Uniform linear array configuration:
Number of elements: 12
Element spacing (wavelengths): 0.5
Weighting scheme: kaiser
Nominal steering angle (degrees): -45
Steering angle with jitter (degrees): -45.02
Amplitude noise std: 0.05
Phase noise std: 0.05

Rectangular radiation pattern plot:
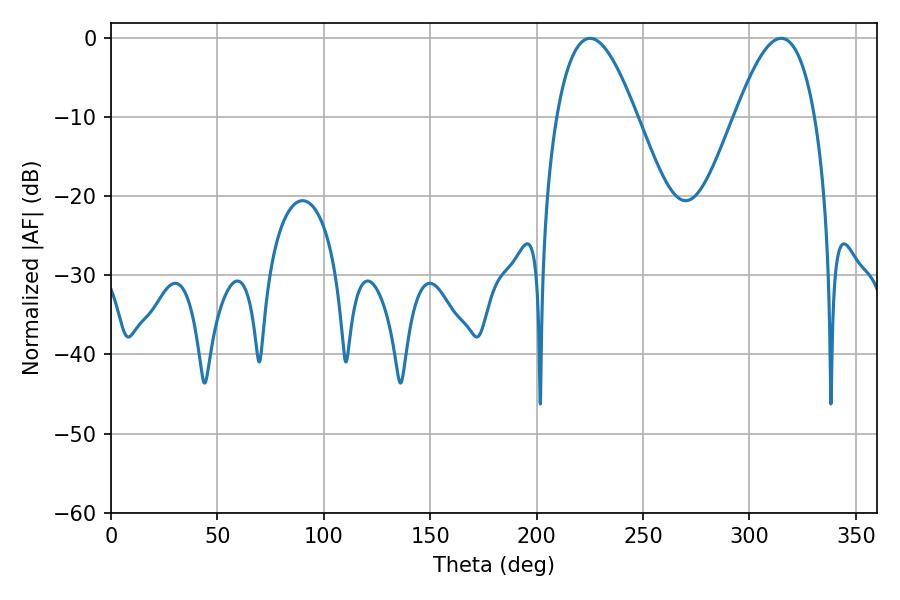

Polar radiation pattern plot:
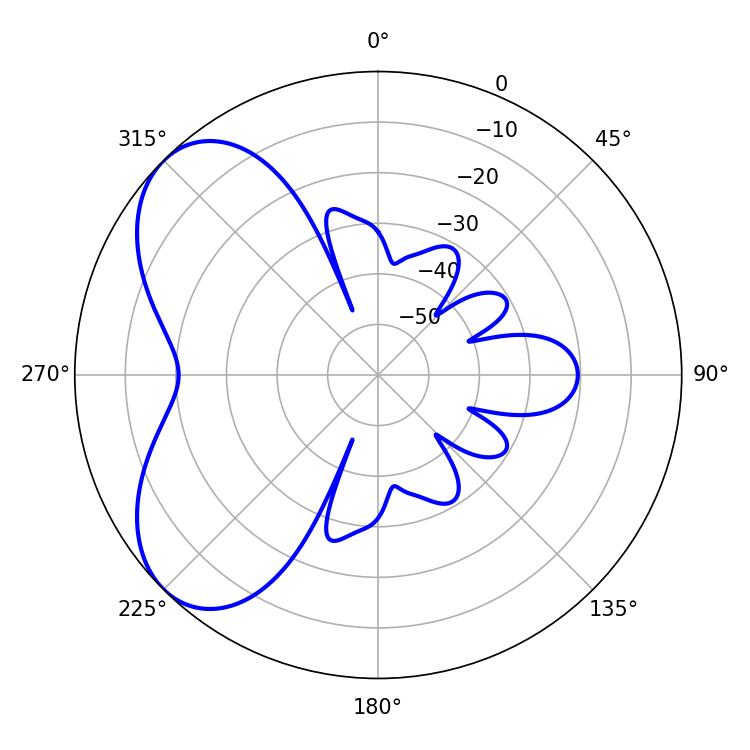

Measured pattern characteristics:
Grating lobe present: FALSE
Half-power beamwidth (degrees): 20.52
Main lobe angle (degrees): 225